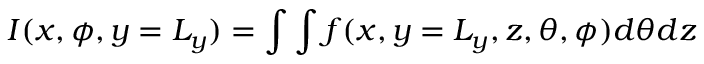
I ( x , \phi , y = L _ { y } ) = \int \int f ( x , y = L _ { y } , z , \theta , \phi ) d \theta d z